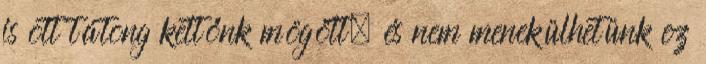
is ott tátong kettőnk mögött, és nem menekülhetünk ez